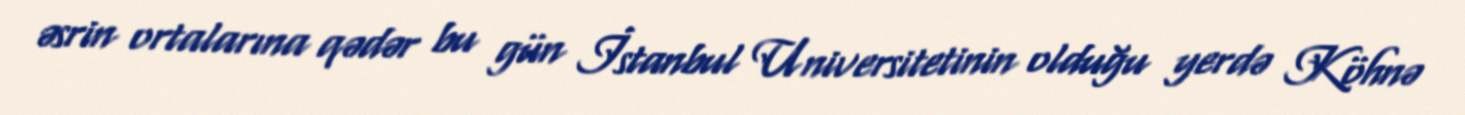
əsrin ortalarına qədər bu gün İstanbul Universitetinin olduğu yerdə Köhnə